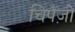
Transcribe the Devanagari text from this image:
चिपैंज़ी